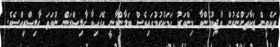
ތަކެތީން ޒަކާތަށްނެރުން ވާޖިބުގެންވާ މިންވަރު ހަމަކުރުމުގައިވެސް ބަލާންވާނީ އޭގައިވާ ޚާލިޞްރަން ނުވަތަ ޚާލިޞްރިއްސެވެ.